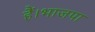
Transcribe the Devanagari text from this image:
हैं।भाजपा